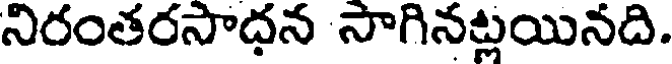
నిరంతరసాదన సాగినట్లయినది.